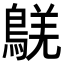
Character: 𪁸